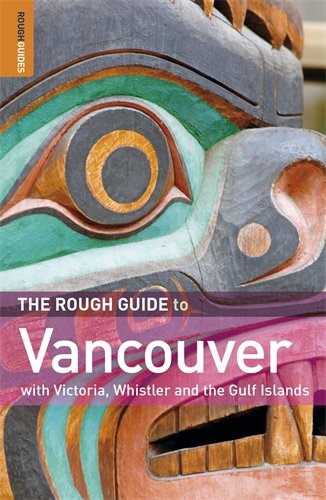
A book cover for The Rough Guide to Vancouver; Tim Jepson; Travel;